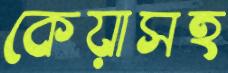
কেয়াসহ